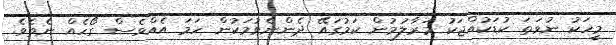
މީހަކު ނުވަތަ ކުޑަކުއްޖަކު މަރާލުމުން ކަމުގައޭ ދެންނެވުމަކުން ހަމަ އެއްވެސް ގޯހެއް ނެތެވެ.